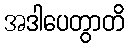
အဒါပေတွာတိ